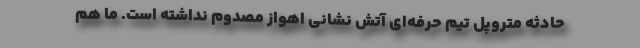
حادثه متروپل تیم حرفه‌ای آتش نشانی اهواز مصدوم نداشته است. ما هم